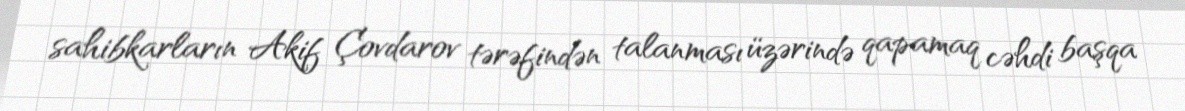
sahibkarların Akif Çovdarov tərəfindən talanması üzərində qapamaq cəhdi başqa